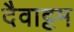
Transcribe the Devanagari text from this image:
दैवाट्टम